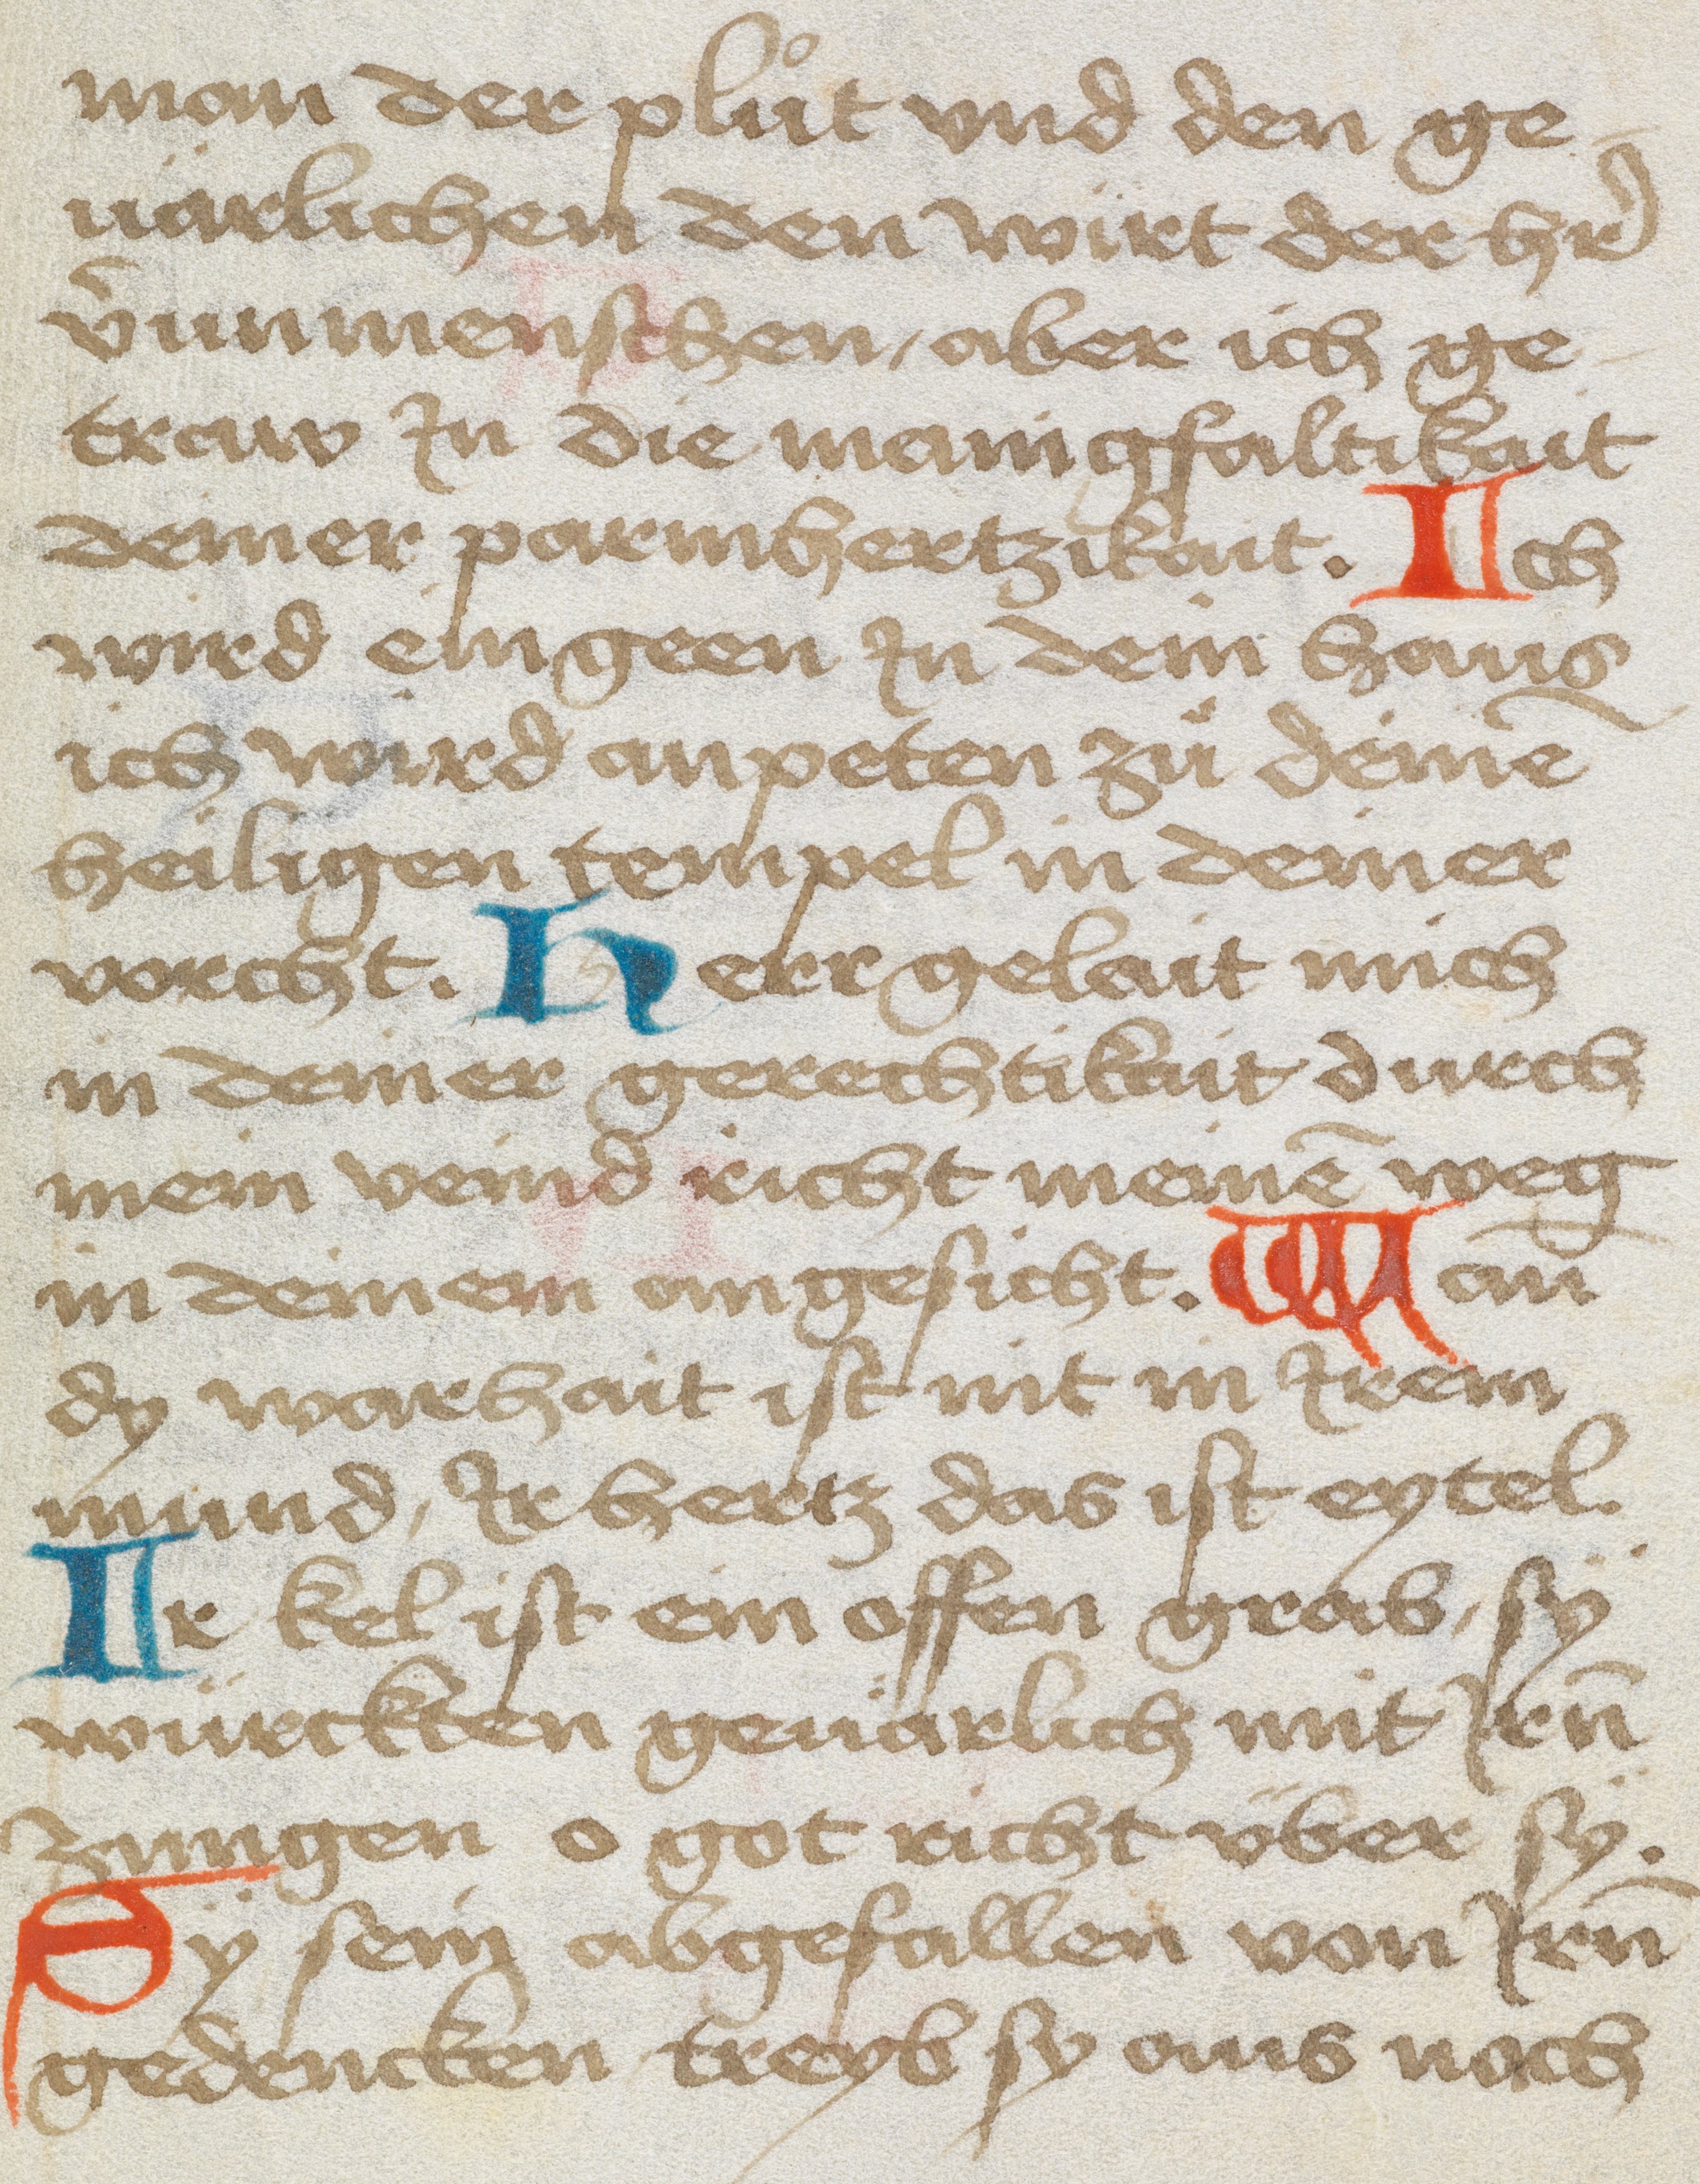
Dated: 1475–1524